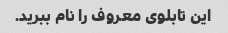
این تابلوی معروف را نام ببرید.